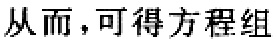
从而，可得方程组